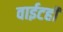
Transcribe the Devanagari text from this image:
वाईटही